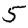
Digit: 5